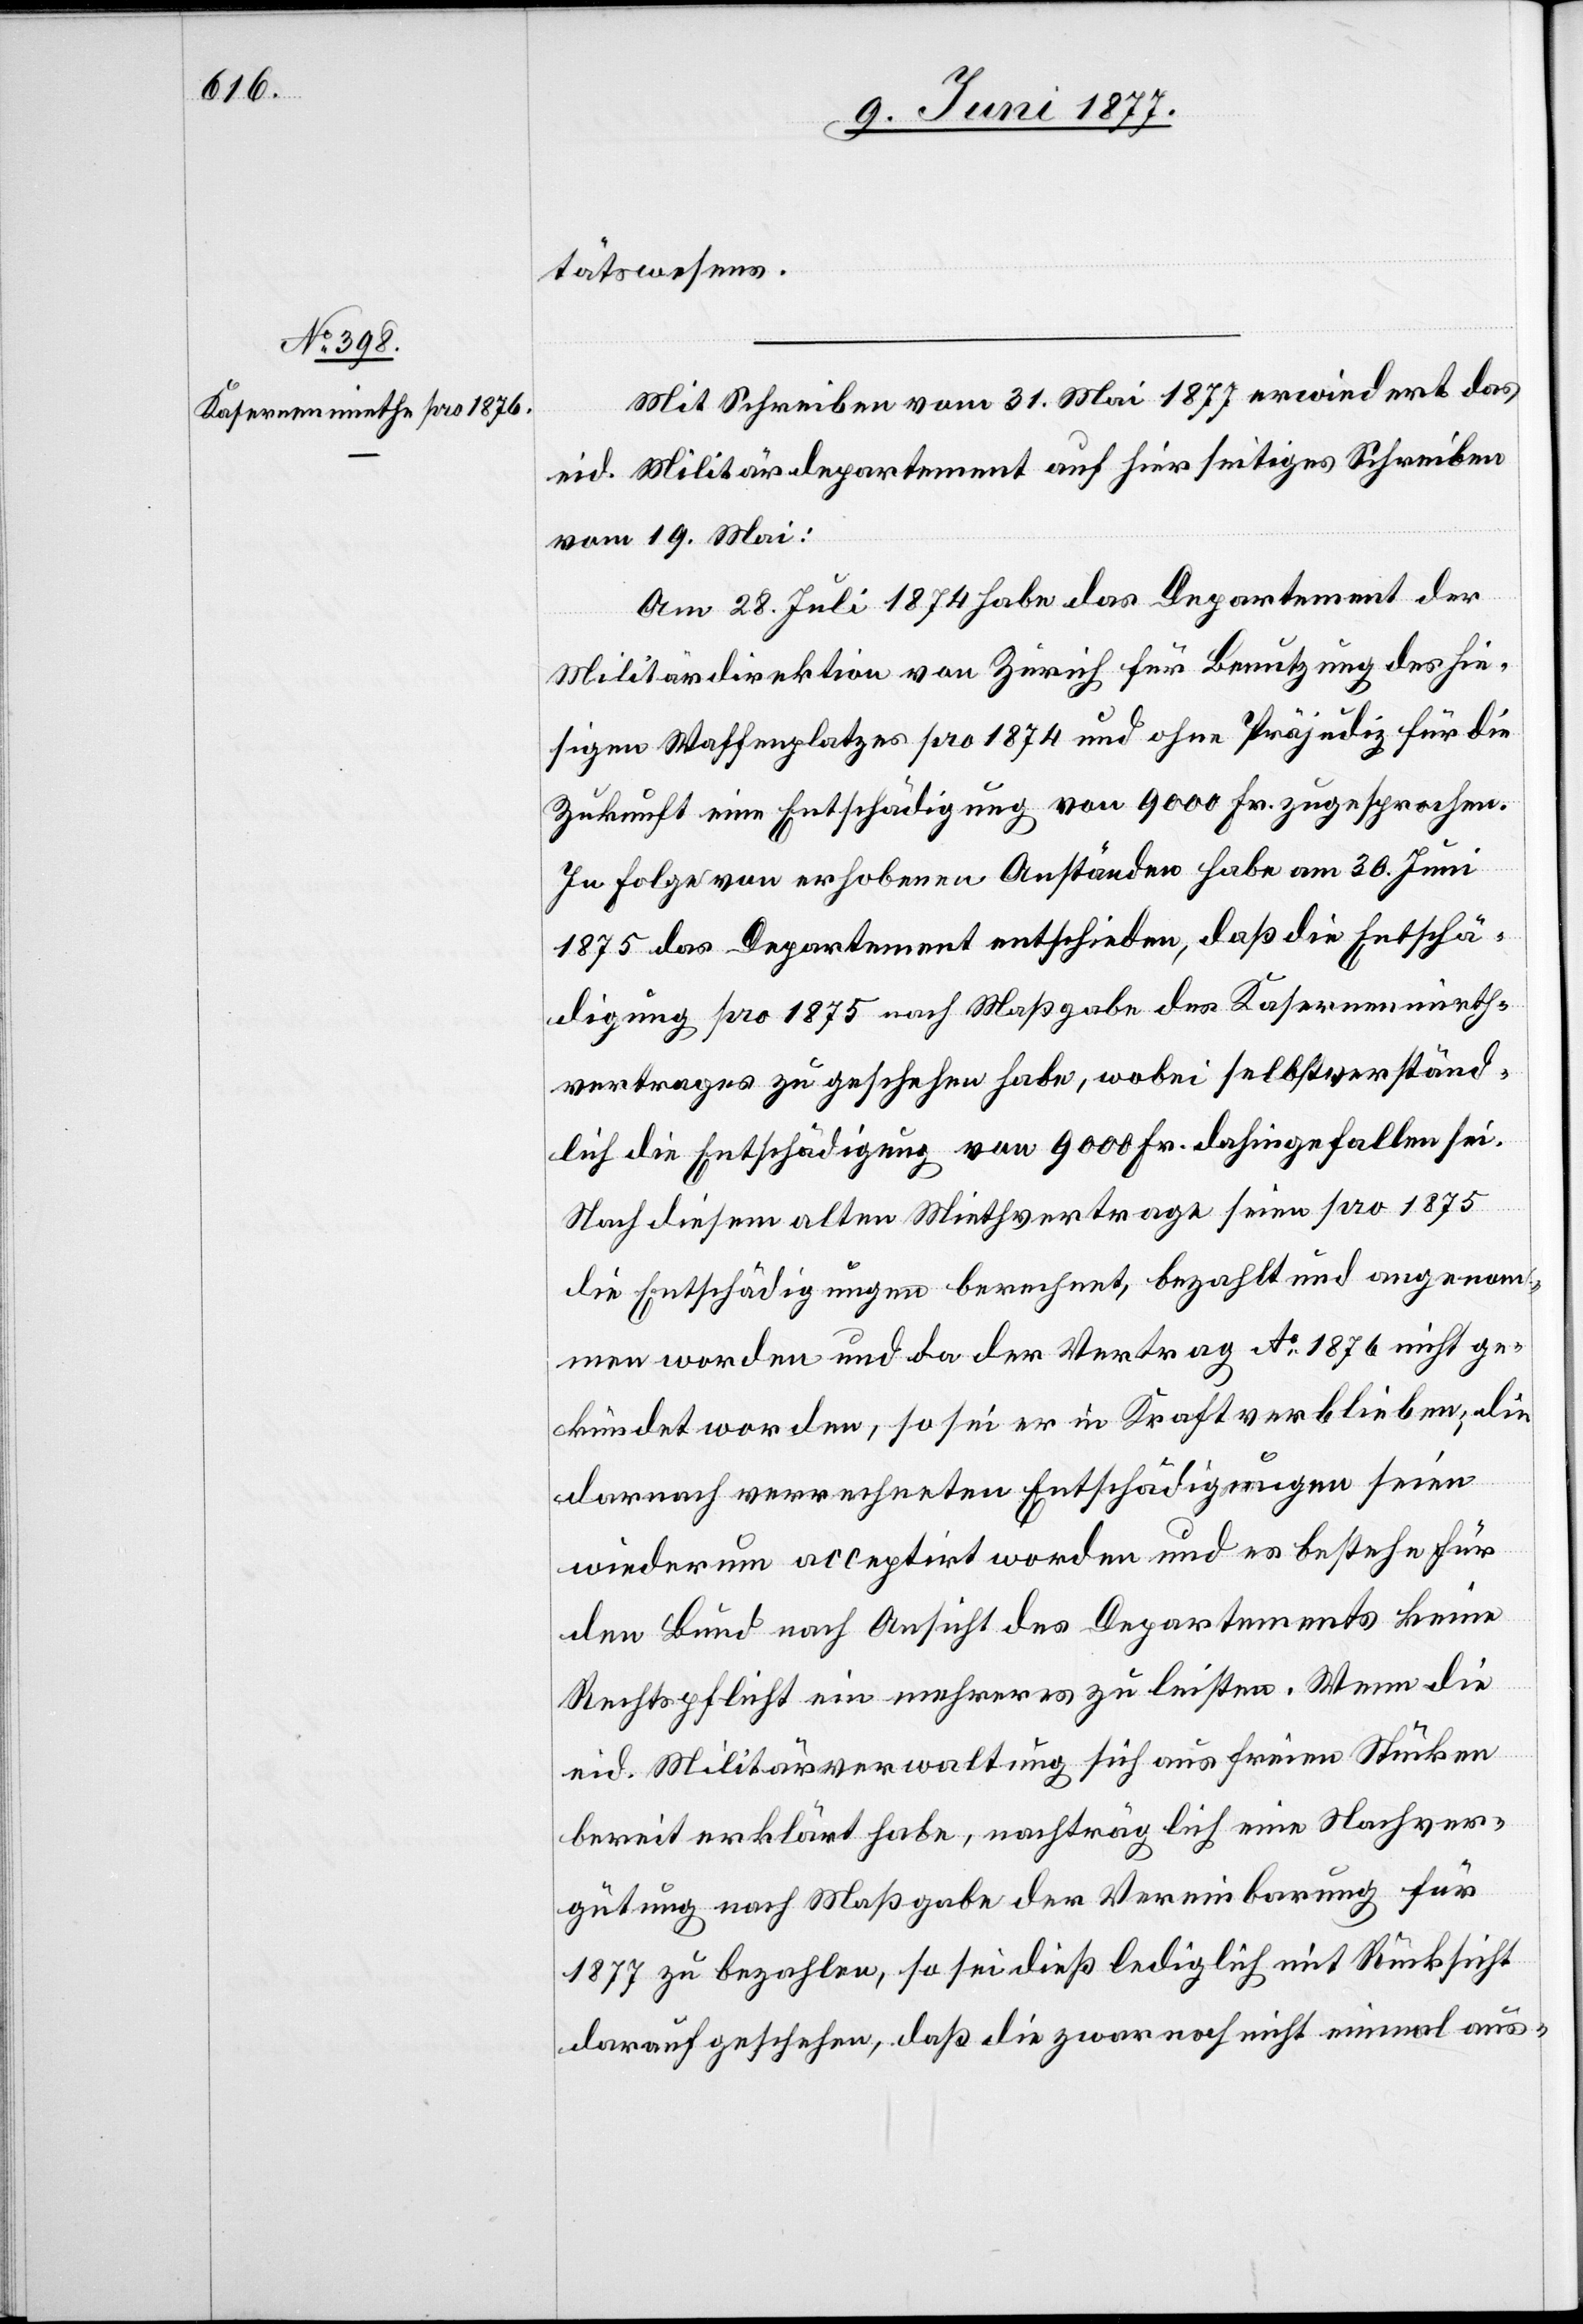
tätswesens.
Mit Schreiben vom 31. Mai 1877 erwiedert das
eid. Militärdepartement auf hierseitiges Schreiben
vom 19. Mai:
Am 28. Juli 1874 habe das Departement der
Militärdirektion von Zürich für Benutzung des hie¬
sigen Waffenplatzes pro 1874 und ohne Präjudiz für die
Zukunft eine Entschädigung von 9000 Fr. zugesprochen.
In Folge von erhobenen Anständen habe am 30. Juni
1875 das Departement entschieden, daß die Entschä¬
digung pro 1875 nach Maßgabe des Kasernenmieth¬
vertrages zu geschehen habe, wobei selbstverständ¬
lich die Entschädigung von 9000 Fr. dahingefallen sei.
Nach diesem alten Miethvertrage seien pro 1875
die Entschädigungen berechnet, bezahlt und angenom¬
men worden, so sei er in Kraft verblieben; die
darnach verrechneten Entschädigungen seien
wiederum acceptirt worden und es bestehe für
den Bund nach Ansicht des Departements keine
Rechtspflicht ein mehreres zu leisten. Wenn die
eid. Militärverwaltung sich aus freien Stücken
bereit erklärt habe, nachträglich eine Nachver¬
gütung nach Maßgabe der Vereinbarung für
1877 zu bezahlen, so sei dieß lediglich mit Rücksicht
darauf geschehen, daß die zwar noch nicht einmal aus-